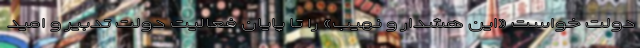
دولت خواست «این هشدار و نهیب» را تا پایان فعالیت دولت تدبیر و امید